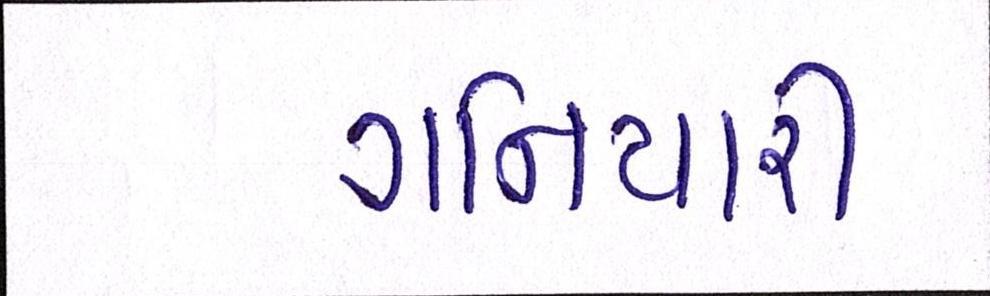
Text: ગનિયારી